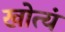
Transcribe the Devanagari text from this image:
खोत्यं